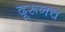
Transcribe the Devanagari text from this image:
दूरूनच